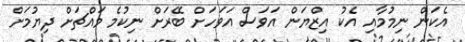
އެކަން ނިމުމާއި އެކު އިޒްޔަން އަވަސް އަވަހަށް ބޭރަށް ނިކުމެ މައްޗަށް ދިޔުމަށް